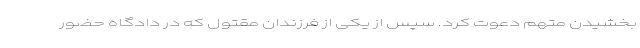
بخشیدن متهم دعوت کرد. سپس از یکی از فرزندان مقتول که در دادگاه حضور